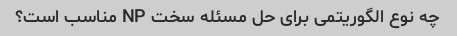
چه نوع الگوریتمی برای حل مسئله سخت NP مناسب است؟